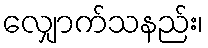
လျှောက်သနည်း၊